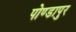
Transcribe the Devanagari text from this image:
पोण्डापुर